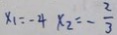
x _ { 1 } = - 4 x _ { 2 } = - \frac { 2 } { 3 }